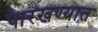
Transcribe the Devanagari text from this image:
पारखण्यात